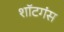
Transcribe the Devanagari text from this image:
शॉटगंस